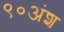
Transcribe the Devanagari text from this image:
९०अंश